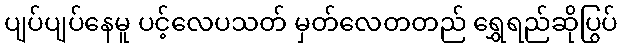
ပျပ်ပျပ်နေမူ ပင့်လေပသတ် မှတ်လေတတည် ရွှေရည်ဆိုပြွပ်